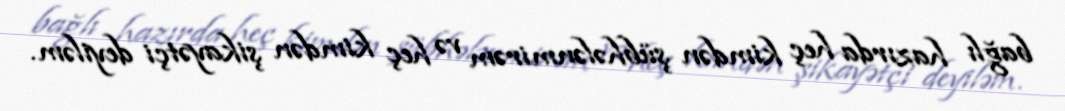
bağlı hazırda heç kimdən şübhələnmirəm və heç kimdən şikayətçi deyiləm.